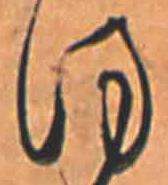
ほ